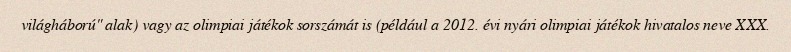
világháború" alak) vagy az olimpiai játékok sorszámát is (például a 2012. évi nyári olimpiai játékok hivatalos neve XXX.